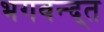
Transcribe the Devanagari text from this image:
भगवन्द्त